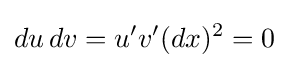
du\,dv=u'v'(dx)^{2}=0